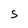
Character: S